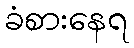
ခံစားနေရ